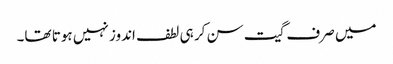
میں صرف گیت سن کر ہی لطف اندوز نہیں ہوتا تھا۔